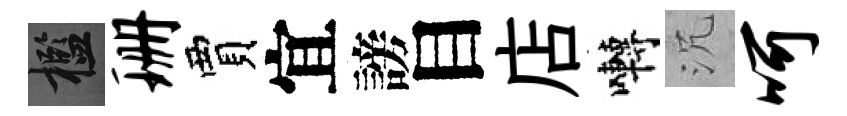
檻珊賈宜謗目店囀沉呵